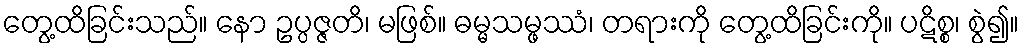
တွေ့ထိခြင်းသည်။ နော ဥပ္ပဇ္ဇတိ၊ မဖြစ်။ ဓမ္မသမ္ဖဿံ၊ တရားကို တွေ့ထိခြင်းကို။ ပဋိစ္စ၊ စွဲ၍။